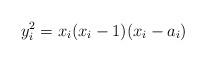
LaTeX: \begin{align*}y_i^2 = x_i(x_i-1)(x_i- a_i)\end{align*}